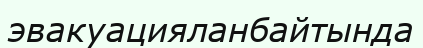
эвакуацияланбайтында